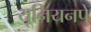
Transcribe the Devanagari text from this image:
यूनियनपे